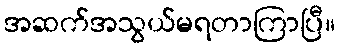
အဆက်အသွယ်မရတာကြာပြီ။